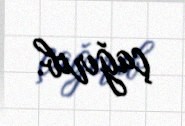
çağırıb.